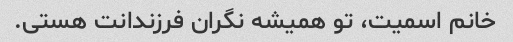
خانم اسمیت، تو همیشه نگران فرزندانت هستی.